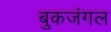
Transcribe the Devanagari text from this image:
बुकजंगल